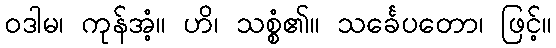
ဝဒါမ၊ ကုန်အံ့။ ဟိ၊ သစ္စံ၏။ သင်္ခေပတော၊ ဖြင့်။